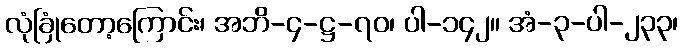
လုံခြုံတော့ကြောင်း၊ အဘိ-၄-ဋ္ဌ-၇၀၊ ပါ-၁၄၂။ အံ-၃-ပါ-၂၃၃၊